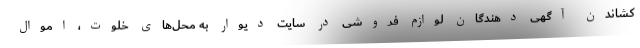
کشاندن آگهی دهندگان لوازم فروشی در سایت دیوار به محل‌های خلوت، اموال